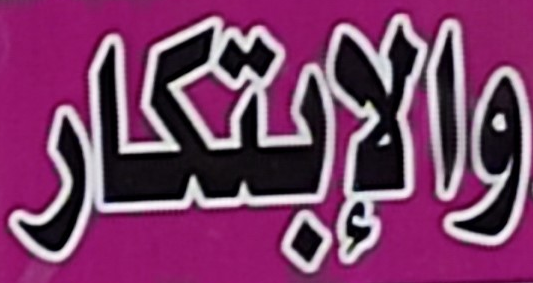
والإبتكار